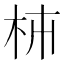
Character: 枾